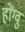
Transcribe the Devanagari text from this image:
होंग्वु